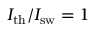
I _ { \mathrm { t h } } / I _ { \mathrm { s w } } = 1